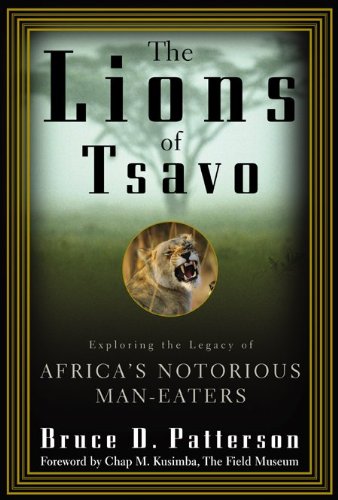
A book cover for The Lions of Tsavo : Exploring the Legacy of Africa's Notorious Man-Eaters; Bruce D. Patterson; History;